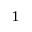
1 ^ { \circ }